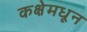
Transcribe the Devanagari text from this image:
कक्षेमधून